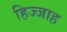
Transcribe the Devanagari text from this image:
हिज्जाह